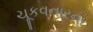
ચૂકવનારના